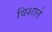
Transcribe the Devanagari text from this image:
विशाले